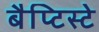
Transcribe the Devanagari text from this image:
बैप्टिस्टे